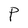
Character: P